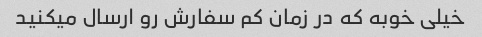
خیلی خوبه که در زمان کم سفارش رو ارسال میکنید